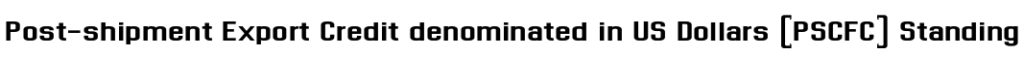
Post-shipment Export Credit denominated in US Dollars (PSCFC) Standing